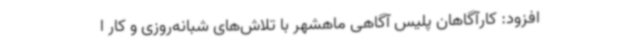
افزود: کارآگاهان پلیس آگاهی ماهشهر با تلاش‌های شبانه‌روزی و کار ا